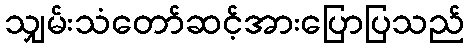
သျှမ်းသံတော်ဆင့်အားပြောပြသည်